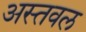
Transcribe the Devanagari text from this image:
अस्तवल